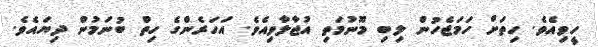
ހީވިއެވެ. ހިތަށް ހަމަޖެހުން ލިބި މޫނުމަތި އުޖާލާވިއެވެ. އަހަރެންގެ ހިތް ބުނަމުން ދިޔައެވެ.